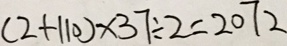
( 2 + 1 1 0 ) \times 3 7 \div 2 = 2 0 7 2